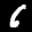
Label: 6